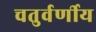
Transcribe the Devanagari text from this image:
चतुर्वर्णीय